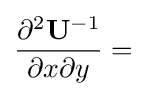
{\frac {\partial ^{2}\mathbf {U} ^{-1}}{\partial x\partial y}}=